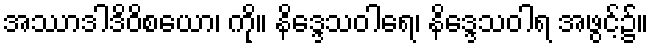
အဿာဒါဒိဝိစယော၊ ကို။ နိဒ္ဒေသဝါရေ၊ နိဒ္ဒေသဝါရ အဖွင့်၌။